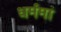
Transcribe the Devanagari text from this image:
धर्ममां